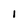
Character: I